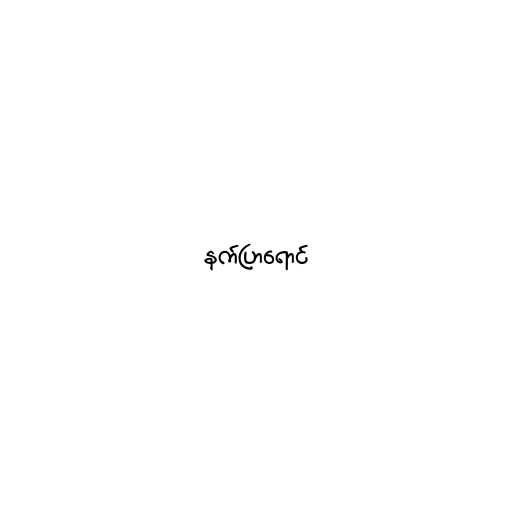
နက်ပြာရောင်